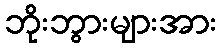
ဘိုးဘွားများအား